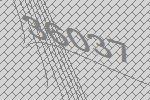
36037